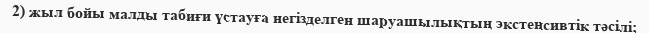
2) жыл бойы малды табиғи үстауға негізделген шаруашылықтың экстенсивтік тәсілі;